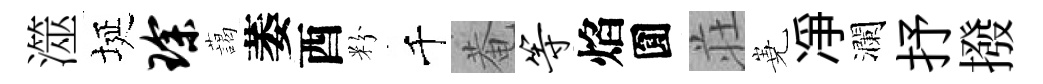
澨埏琛藹萎酉粉千菴等焰圎荘嶤凈瀾抒撥